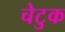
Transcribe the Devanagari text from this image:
चेटुक